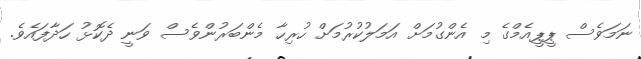
ނަމަވެސް ޕީޕީއެމްގެ މި އެންގުމަށް އަމަލުކުރުމަށް ހުރިހާ މެންބަރުންވެސް ވަނީ ދެކޮޅު ހަދާފައެވެ.